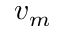
v _ { m }